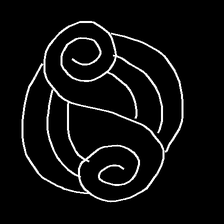
Glyph: wind-underfoot